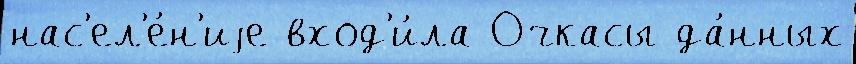
нас'ел'е́н'иjе вход'и́ла Очкасы да́нных